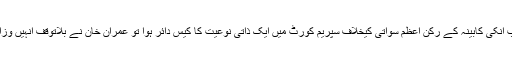
انکی حکومت کے آغاز ہی میں جب انکی کابینہ کے رکن اعظم سواتی کیخلاف سپریم کورٹ میں ایک ذاتی نوعیت کا کیس دائر ہوا تو عمران خان نے بلاتوقف انہیں وزارت کے منصب سے فارغ کر دیا۔